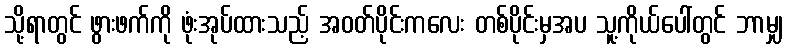
သို့ရာတွင် ဖွားဖက်ကို ဖုံးအုပ်ထားသည့် အဝတ်ပိုင်းကလေး တစ်ပိုင်းမှအပ သူ့ကိုယ်ပေါ်တွင် ဘာမျှ